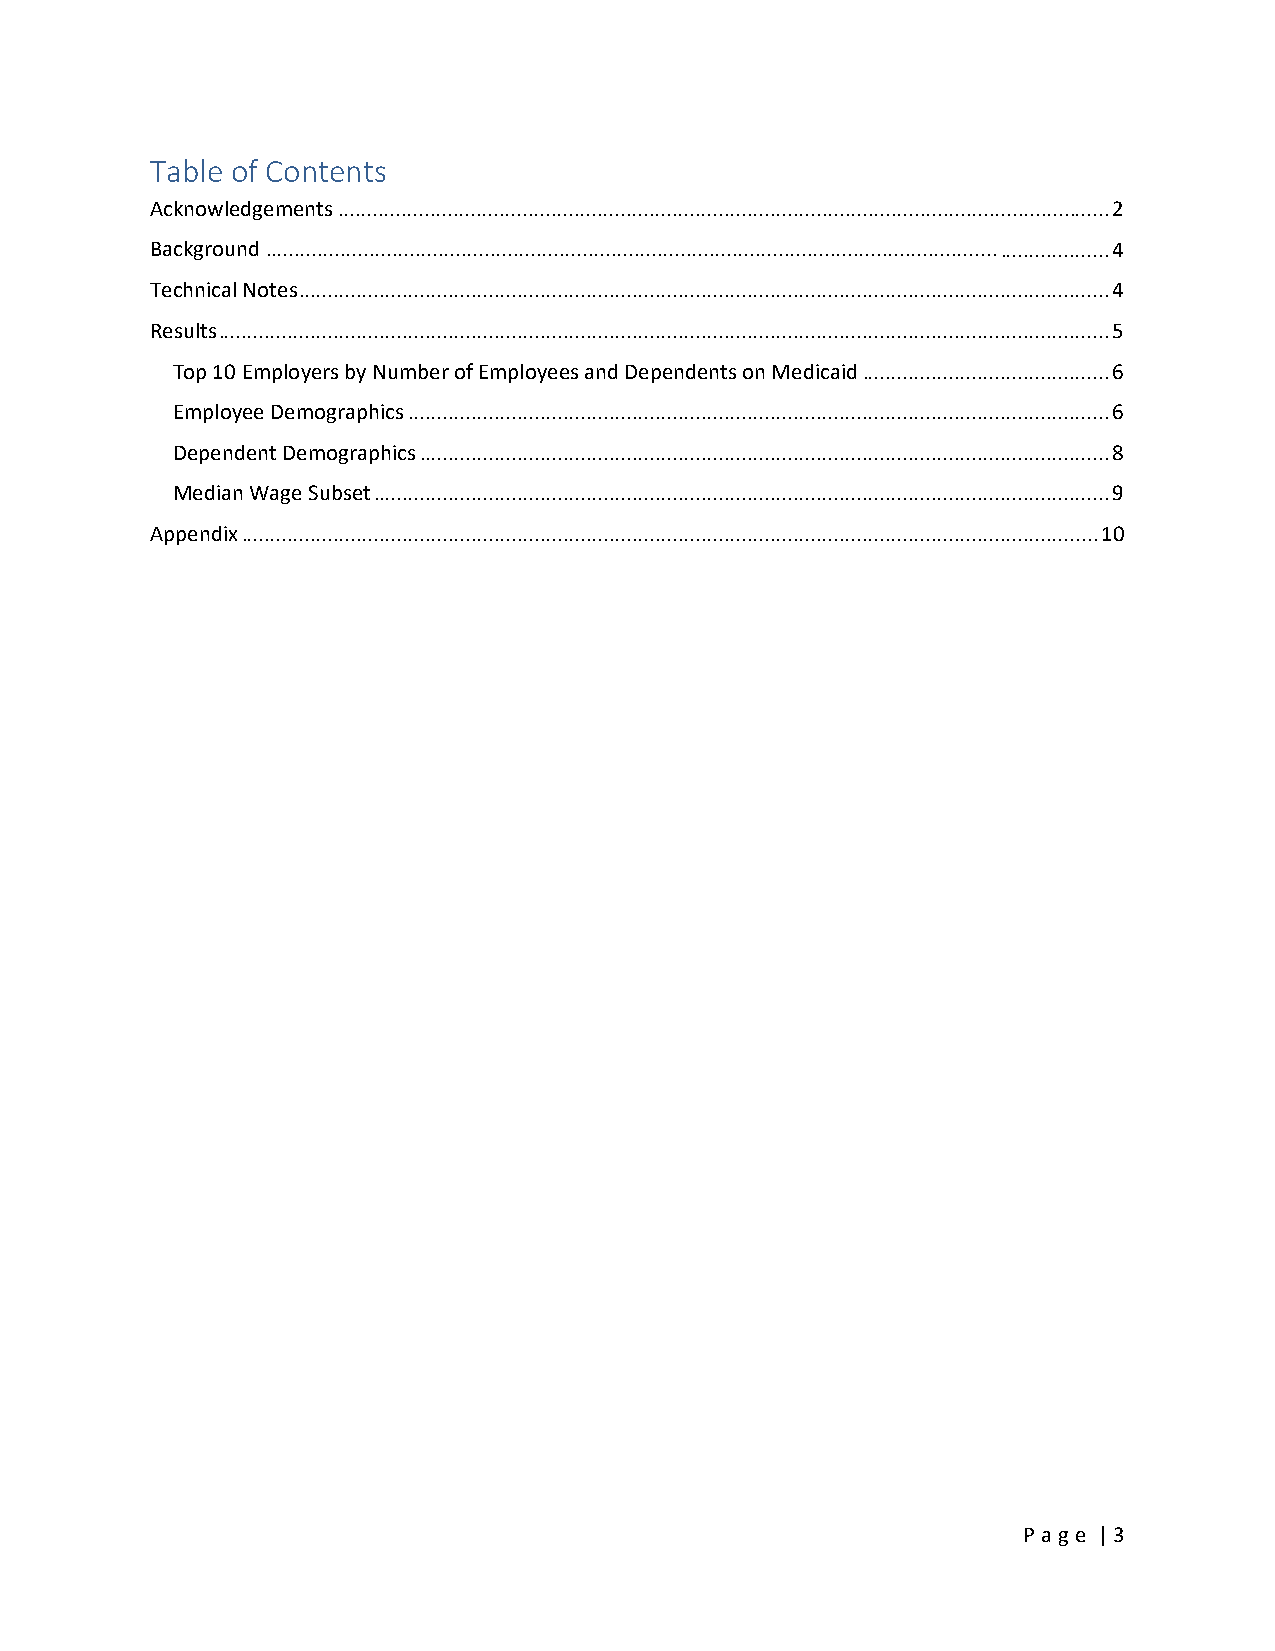
Table of Contents
 Acknowledgements ....................................................................................................................................... 2
 Background .................................................................................................................................................. 4
 Technical Notes ............................................................................................................................................. 4
 Results ........................................................................................................................................................... 5
 Top 10 Employers by Number of Employees and Dependents on Medicaid ........................................... 6
 Employee Demographics .......................................................................................................................... 6
 Dependent Demographics ........................................................................................................................ 8
 Median Wage Subset ................................................................................................................................ 9
 Appendix ..................................................................................................................................................... 10
 P a ge | 3